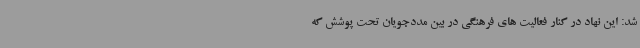
شد: این نهاد در کنار فعالیت های فرهنگی در بین مددجویان تحت پوشش که